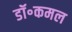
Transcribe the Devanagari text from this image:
डॉ॰कमल